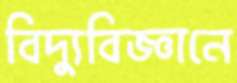
বিদ্যুবিজ্ঞানে